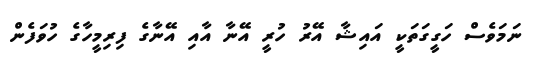
ނަމަވެސް ހަގީގަތަކީ އައިޝާ އޭރު ހުރީ އޭނާ އާއި އޭނާގެ ފިރިމީހާގެ ހުވަފެން